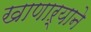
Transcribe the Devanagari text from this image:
खाणाऱ्याने